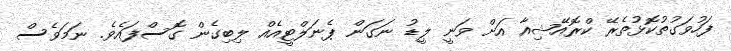
ފަހުވަގުތުކޮޅުތެރޭ ކްރޮއޭޝިއާ އަށް ވަނީ ލީޑު ނަގަން ޕެނަލްޓީއެއް ލިބިގެން ގޮސްފައެވެ. ނަމަވެސް